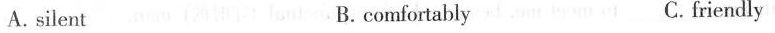
A.silent B.comfortably C.friendly